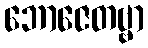
ဘောဇေတဗ္ဗာ